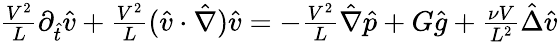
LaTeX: \begin{array}{r}{\frac{V^{2}}{L}\partial_{\hat{t}}\hat{v}+\frac{V^{2}}{L}(\hat{v}\cdot\hat{\nabla})\hat{v}=-\frac{V^{2}}{L}\hat{\nabla}\hat{p}+G\hat{g}+\frac{\nu V}{L^{2}}\hat{\Delta}\hat{v}}\end{array}